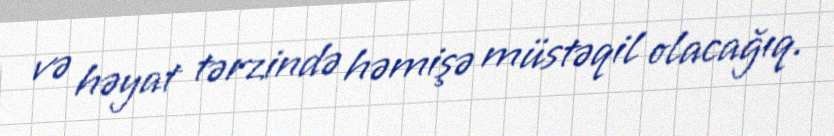
və həyat tərzində həmişə müstəqil olacağıq.